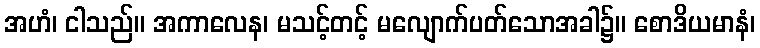
အဟံ၊ ငါသည်။ အကာလေန၊ မသင့်တင့် မလျောက်ပတ်သောအခါ၌။ စောဒိယမာနံ၊